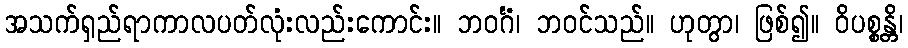
အသက်ရှည်ရာကာလပတ်လုံးလည်းကောင်း။ ဘဝင်္ဂံ၊ ဘဝင်သည်။ ဟုတွာ၊ ဖြစ်၍။ ဝိပစ္စန္တိ၊